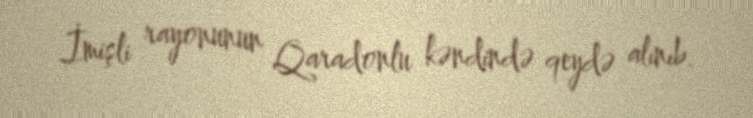
İmişli rayonunun Qaradonlu kəndində qeydə alınıb.